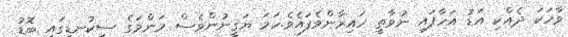
ވާހަކަ ދެއްކި އަޑު އަހާފައި ނުވާތީ ހައިރާންވެފައެވެ.ހަމަ ޔަޤީނުންވެސް މަންމަގެ ސިކުނޑީގައި ބޮޑު